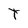
Character: T